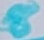
Text: 8